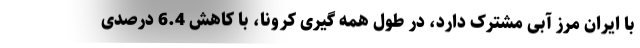
با ایران مرز آبی مشترک دارد، در طول همه گیری کرونا، با کاهش 6.4 درصدی